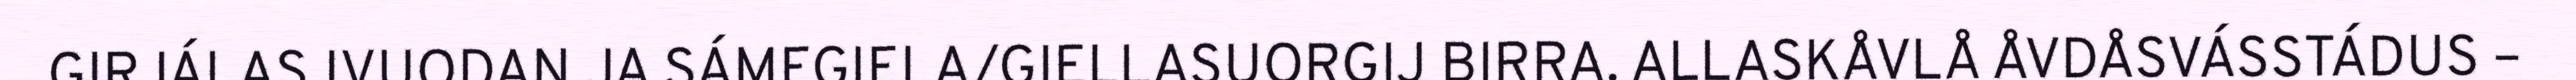
GIRJÁLASJVUODAN JA SÁMEGIELA/GIELLASUORGIJ BIRRA. ALLASKÅVLÅ ÅVDÅSVÁSSTÁDUS –